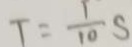
T = \frac { 1 } { 1 0 } s